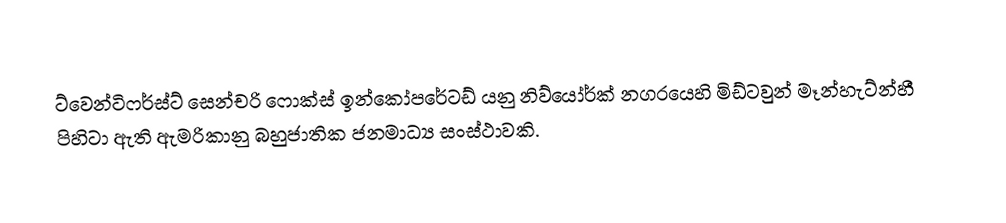
ට්වෙන්ටිෆර්ස්ට් සෙන්චරි ෆොක්ස් ඉන්කෝපරේටඩ් යනු නිව්යෝර්ක් නගරයෙහි මිඩ්ටවුන් මෑන්හැට්න්හී පිහිටා ඇති ඇමරිකානු බහුජාතික ජනමාධ්‍ය සංස්ථාවකි.